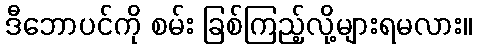
ဒီဘောပင်ကို စမ်း ခြစ်ကြည့်လို့များရမလား။